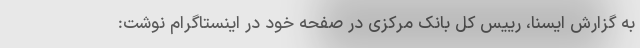
به گزارش ایسنا، رییس کل بانک مرکزی در صفحه خود در اینستاگرام نوشت: